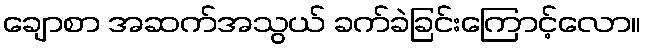
ချောစာ အဆက်အသွယ် ခက်ခဲခြင်းကြောင့်လော။